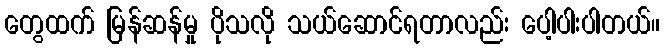
တွေထက် မြန်ဆန်မှု ပိုသလို သယ်ဆောင်ရတာလည်း ပေါ့ပါးပါတယ်။